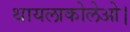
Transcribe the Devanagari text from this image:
थायलाकोलेओ।